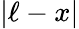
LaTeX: |\ell-x|